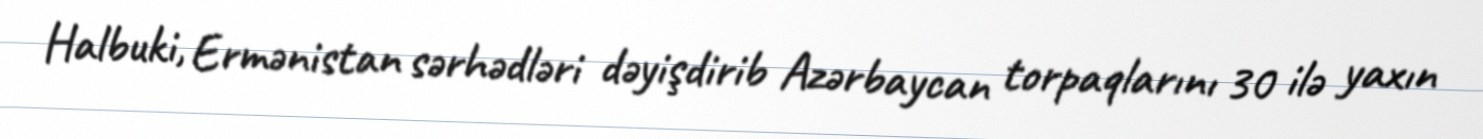
Halbuki, Ermənistan sərhədləri dəyişdirib Azərbaycan torpaqlarını 30 ilə yaxın